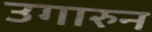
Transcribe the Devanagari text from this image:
उगारुन